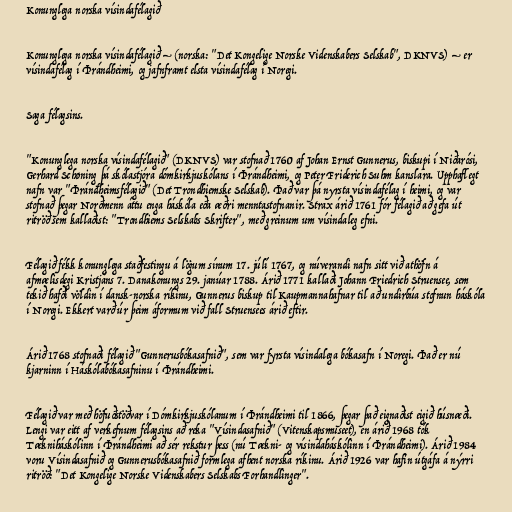
Konunglega norska vísindafélagið

Konunglega norska vísindafélagið – (norska: "Det Kongelige Norske Videnskabers Selskab", DKNVS) – er
vísindafélag í Þrándheimi, og jafnframt elsta vísindafélag í Noregi.

Saga félagsins.

"Konunglega norska vísindafélagið" (DKNVS) var stofnað 1760 af Johan Ernst Gunnerus, biskupi í Niðarósi,
Gerhard Schøning þá skólastjóra dómkirkjuskólans í Þrándheimi, og Peter Friderich Suhm kanslara. Upphaflegt
nafn var "Þrándheimsfélagið" (Det Trondhiemske Selskab). Það var þá nyrsta vísindafélag í heimi, og var
stofnað þegar Norðmenn áttu enga háskóla eða æðri menntastofnanir. Strax árið 1761 fór félagið að gefa út
ritröð sem kallaðist: "Trondhiems Selskabs Skrifter", með greinum um vísindaleg efni.

Félagið fékk konunglega staðfestingu á lögum sínum 17. júlí 1767, og núverandi nafn sitt við athöfn á
afmælisdegi Kristjáns 7. Danakonungs 29. janúar 1788. Árið 1771 kallaði Johann Friedrich Struensee, sem
tekið hafði völdin í dansk-norska ríkinu, Gunnerus biskup til Kaupmannahafnar til að undirbúa stofnun háskóla
í Noregi. Ekkert varð úr þeim áformum við fall Struensees árið eftir.

Árið 1768 stofnaði félagið "Gunnerusbókasafnið", sem var fyrsta vísindalega bókasafn í Noregi. Það er nú
kjarninn í Háskólabókasafninu í Þrándheimi.

Félagið var með höfuðstöðvar í Dómkirkjuskólanum í Þrándheimi til 1866, þegar það eignaðist eigið húsnæði.
Lengi var eitt af verkefnum félagsins að reka "Vísindasafnið" (Vitenskapsmuseet), en árið 1968 tók
Tækniháskólinn í Þrándheimi að sér rekstur þess (nú Tækni- og vísindaháskólinn í Þrándheimi). Árið 1984
voru Vísindasafnið og Gunnerusbókasafnið formlega afhent norska ríkinu. Árið 1926 var hafin útgáfa á nýrri
ritröð: "Det Kongelige Norske Videnskabers Selskabs Forhandlinger".